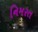
નિમરત